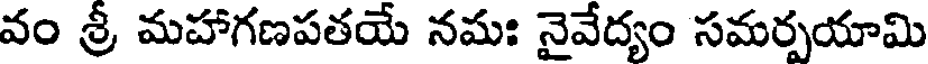
వం శ్రీ మహాగణపతయే నమః నైవేద్యం సమర్పయామి